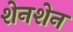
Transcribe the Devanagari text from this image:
शेनशेन